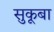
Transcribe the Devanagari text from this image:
सुकूबा